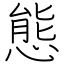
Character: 態